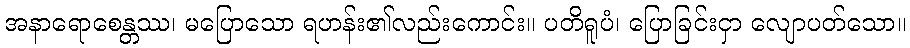
အနာရောစေန္တဿ၊ မပြောသော ရဟန်း၏လည်းကောင်း။ ပတိရူပံ၊ ပြောခြင်းငှာ လျောပတ်သော။